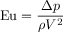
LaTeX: \mathrm { E u } = { \frac { \Delta { } p } { \rho V ^ { 2 } } }